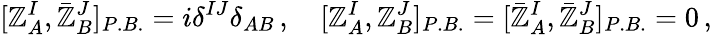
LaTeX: [{\cal\mathbb{Z}}_{A}^{I},\bar{{\cal\mathbb{Z}}}_{B}^{J}]_{P.B.}=i\delta^{IJ}\delta_{AB}\, ,\quad[{\cal\mathbb{Z}}_{A}^{I},{\cal\mathbb{Z}}_{B}^{J}]_{P.B.}=[\bar{{\cal\mathbb{Z}}}_{A}^{I},\bar{{\cal\mathbb{Z}}}_{B}^{J}]_{P.B.}=0\, ,